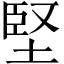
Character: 堅